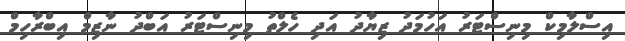
އިސްލާމިކް މިނިސްޓަރު އަހުމަދު ޒިޔާދު އަދި ހެލްތު މިނިސްޓަރު އަބްދު ނާޒިމް އިބްރާހިމް